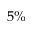
5 \%